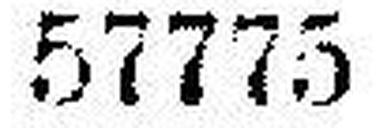
57775